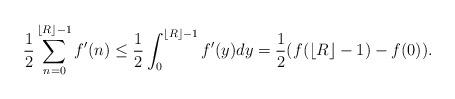
LaTeX: \begin{align*}\frac12\sum_{n=0}^{\lfloor R \rfloor-1}f'(n)\le \frac12 \int_0^{\lfloor R\rfloor -1}f'(y)dy=\frac12(f(\lfloor R\rfloor -1)-f(0)).\end{align*}